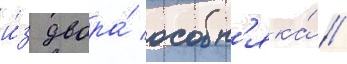
и́з двора́ особн'яка́ /